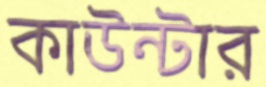
কাউন্টার